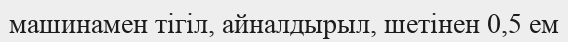
машинамен тігіл, айналдырыл, шетінен 0,5 ем